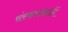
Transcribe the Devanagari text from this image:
संस्कारांसाठीं